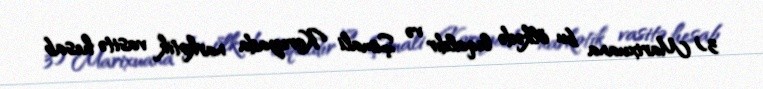
3) Marixuana bu ölkədə leqaldır və Şimali Koreyada narkotik vasitə hesab